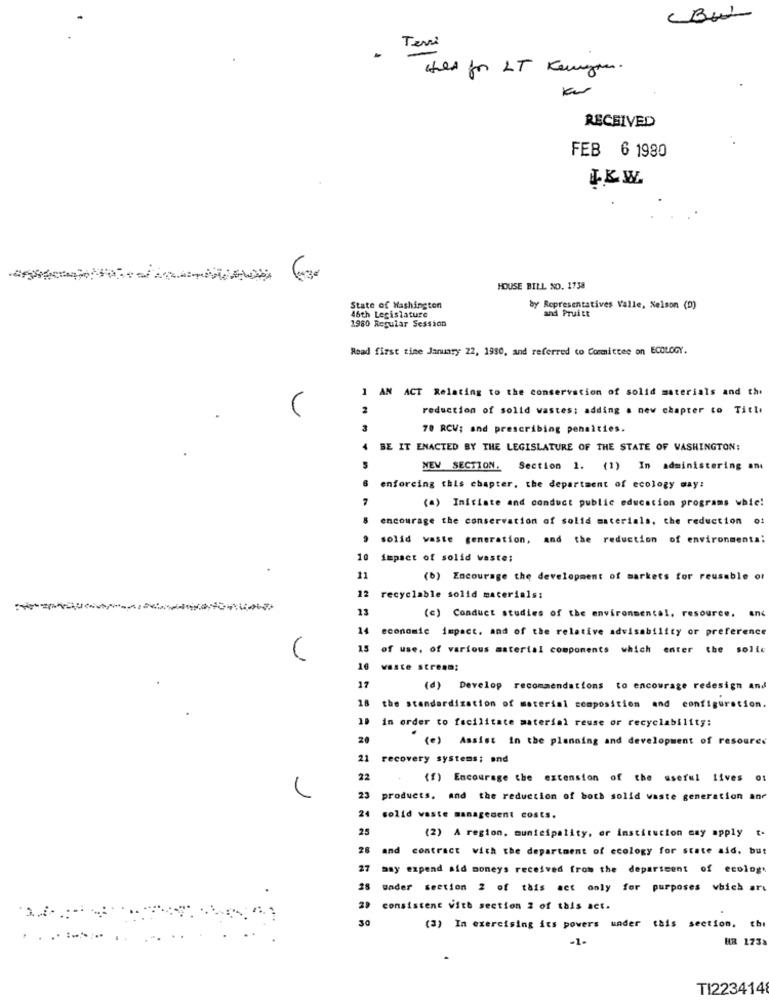
(BW
Terri
.
Hill for LT Kenya.
RECEIVED
FEB 6 1980
IKW
HOUSE BILL NO. 1738
State of Washington
by Representatives Valle, Nelson (D)
and Pruitt
1980 Regular Session
46th Legislature
Read first time January 22, 1980, and referred to Committee on ECOLOGY.
AN ACT Relating to the conservation of solid materials and the
2
reduction of solid wastes: adding a new chapter to Title
70 RCV; and prescribing penalties.
BE IT ENACTED BY THE LEGISLATURE OF THE STATE OF WASHINGTON:
NEW SECTION. Section 1. (1) In administering an
enforcing this chapter, the department of ecology way:
(a) Initiate and conduct public education programs whic!
8
encourage the conservation of solid materials, the reduction
solid vaste generation, and the reduction of environmenta:
10
impact of solid waste;
11
(b) Encourage the development of markets for reusable or
12
recyclable solid materials:
13
ant
(c) Conduct studies of the environmental, resource.
14
economic impact. and of the relative advisability or preference
1.5
of use, of various material components which enter the solic
16
vaste stream;
17
(d) Develop recommendations to encourage redesign and
18
the standardization of material composition and configuration.
10 in order to facilitate material reuse or recyclability:
20
(e) Assist in the planning and development of resoures
21
recovery systems; and
22
(f) Encourage the extension of the useful lives ot
1
23 products, and the reduction of both solid waste generation ane
24
solid waste management costs.
25
(2) A region, municipality, er institucion may apply t-
28
and contract with the department of ecology for state aid, but
27
may expend aid moneys received from the department of ecology
25
under section 2 of this act only for purposes vbich art
consistent With section 2 of this act.
(3) In exercising its powers under this section. chi
-1-
HR 1733
TI223414